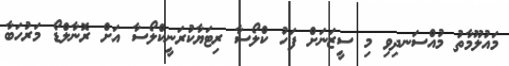
މައުލޫމާތު މުއްސަނދިވި މި ސީޒަނަށް ފަހު ކްލޯސާ ރިޓަޔާކުރަނީކްލޯސާ އަށް ރޮނާލްޑޯ މަރުހަބާ